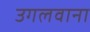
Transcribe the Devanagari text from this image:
उगलवाना